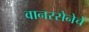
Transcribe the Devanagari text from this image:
वानरसेनेचे